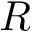
\boldsymbol { R }